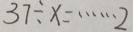
3 7 \div x = \cdots 2